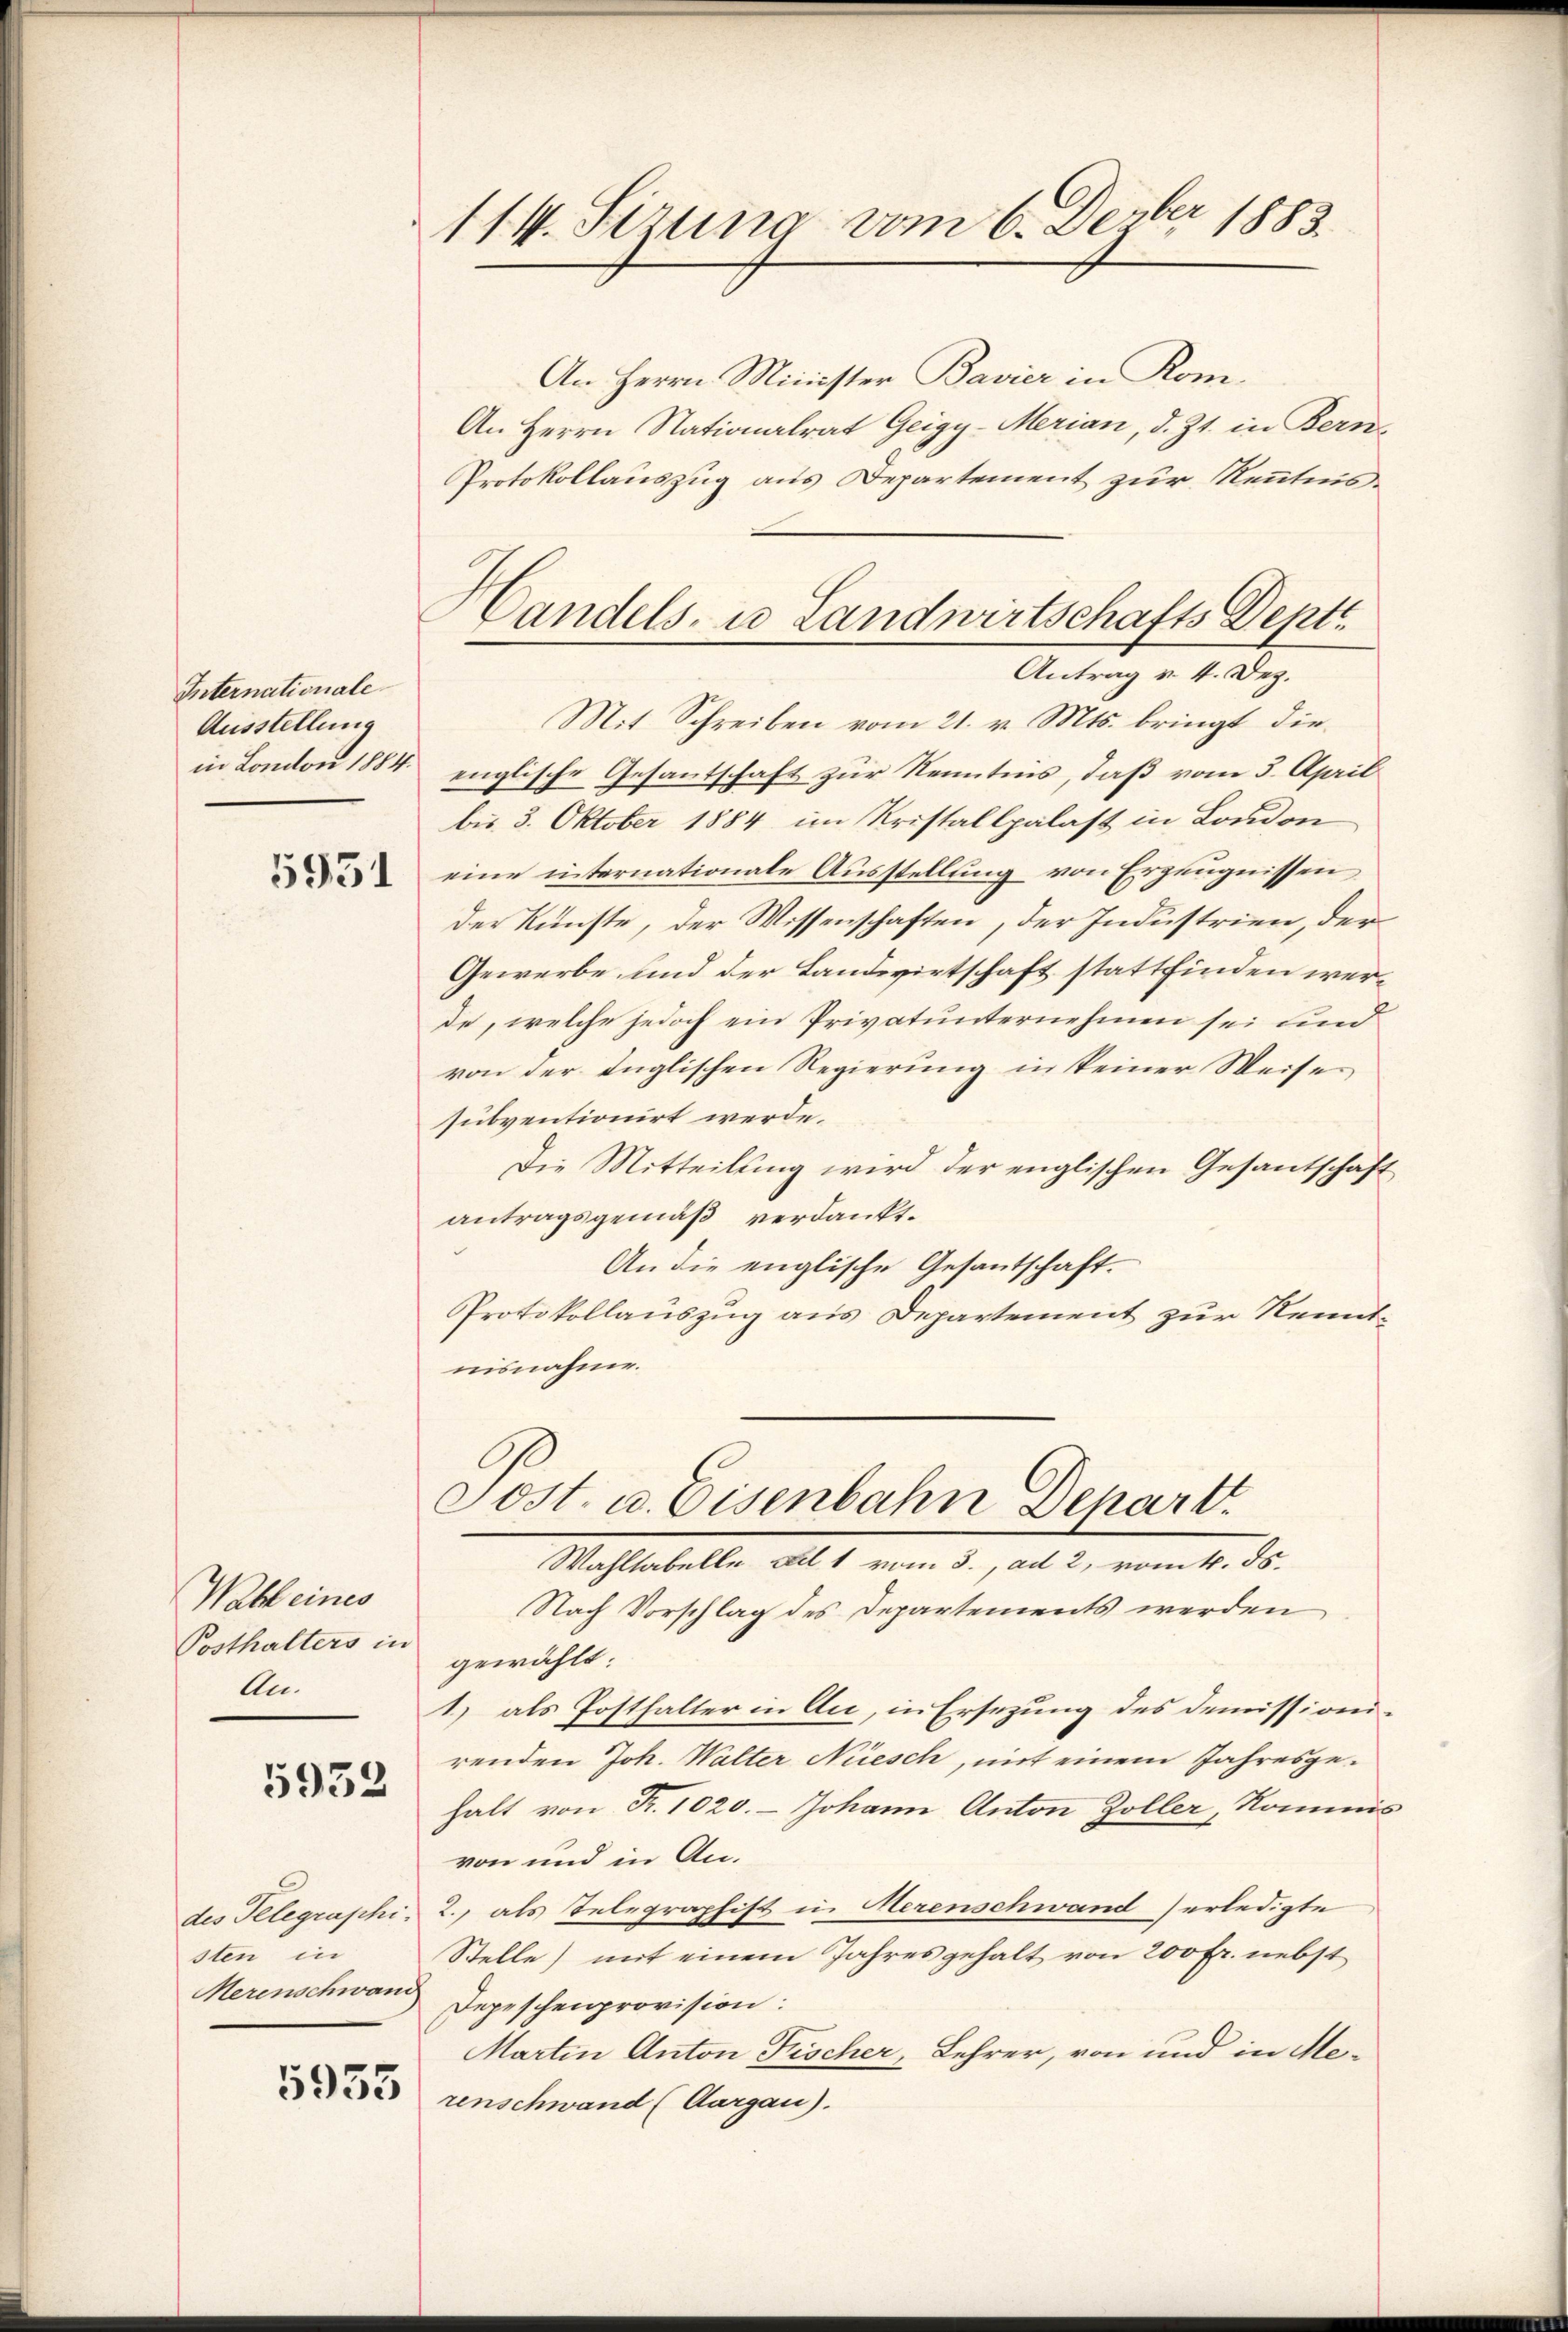
Internationale
Ausstellung

5931

Wahl eines
Posthalters in
An

5932

des Telegraphi
sten in
Merinschwani

5953

114. Sizung vom 6. Dezbr 1883.

An Herrn Minister Bavier in Kom¬
An Herrn Nationalrat Geigy-Merian, d. Zt. in Bern-
Protokollauszug aus Departement zur Kenntnis¬
Mit Schreiben vom 21. v. Mts. bringt diein London 1884. englische Gesantschaft zur Kenntnis, daß vom 3. April
bis 3. Oktober 1884 im Kristallpalast in London
eine internationale Ausstellung von Erzeugnissen
der Künste, der Wissenschaften, der Industrien, der
Gewerbe und der Landwirtschaft stattfinden werde, welche jedoch ein Privatunternehmen sei und
von der Inglischen Regierung in keiner Weises
subventionirt werde.
Die Mitteilung wird der englischen Gesantschaft
antragsgemäß verdankt.
An die englische Gesantschaft-
Protokollauszug aus Departement zur Kenntnisnahme.

Handels- u Landwirtschafts Deptt
Antrag v. 4. Dez.

Sost. a. Eisenbahn Depart.
Wahltabelle del 1 vom 3., ad 2, vom 4. ds.

Nach Vorschlag des Departements werden
gewählt:
1) als Posthalter in Au, in Ersezung des Demissionirenden Joh. Walter Niesch, mit einem Jahresgehalt von Fr. 1020. Johann Anton Zoller, Kommis
von und in An¬
2., als Telegraphist in Herenschwand erledigte
Stelle) mit einem Jahres gehalt von 200 Fr. nebst
Depeschenprovision:
Martin Anton Frischer, Lehrer, von und in Merenschwand (Aargau).